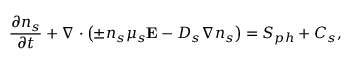
\frac { \partial n _ { s } } { \partial t } + \nabla \cdot \left( \pm n _ { s } \mu _ { s } \mathbf { E } - D _ { s } \nabla n _ { s } \right) = S _ { p h } + C _ { s } ,